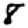
Digit: 8